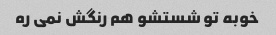
خوبه تو شستشو هم رنگش نمی ره